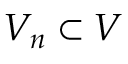
V _ { n } \subset V